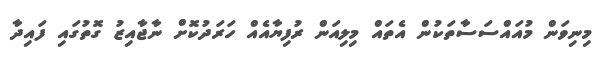
މިނިވަން މުއައްސަސާތަކުން އެތައް މިލިއަން ރުފިޔާއެއް ހަރަދުކޮށް ނާޖާއިޒު ގޮތުގައި ފައިދާ